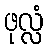
ဖုလ္လံ